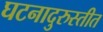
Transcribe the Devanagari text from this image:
घटनादुरुस्तीत